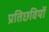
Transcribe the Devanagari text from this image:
प्रतिछवियों